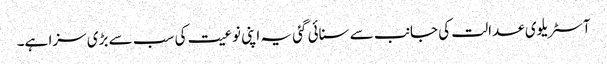
آسٹریلوی عدالت کی جانب سے سنائی گئی یہ اپنی نوعیت کی سب سے بڑی سزا ہے۔